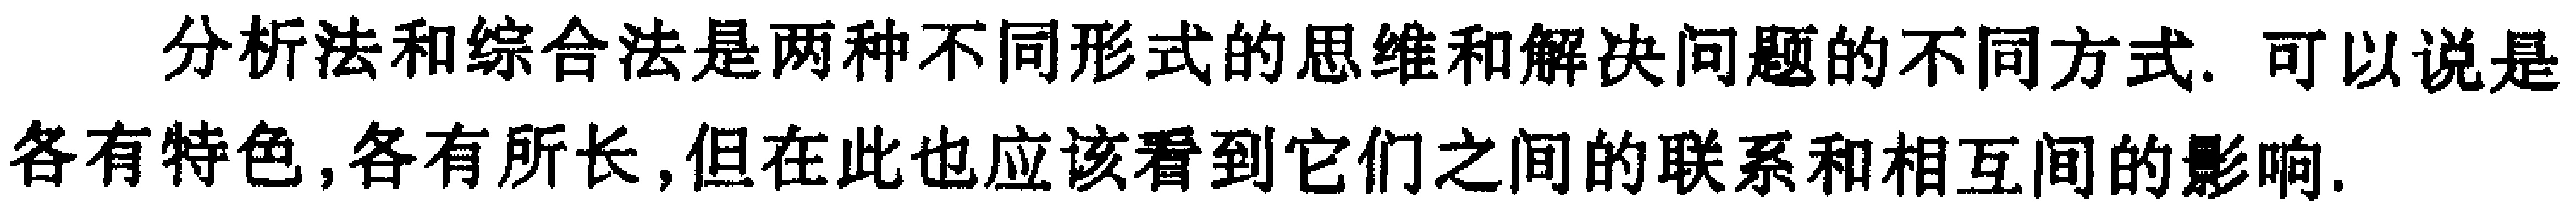
分析法和综合法是两种不同形式的思维和解决问题的不同方式. 可以说是各有特色,各有所长,但在此也应该看到它们之间的联系和相互间的影响.